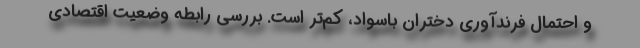
و احتمال فرندآوری دختران باسواد، کم‌تر است. بررسی رابطه وضعیت اقتصادی